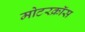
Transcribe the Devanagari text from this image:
मोटरक्रॉस